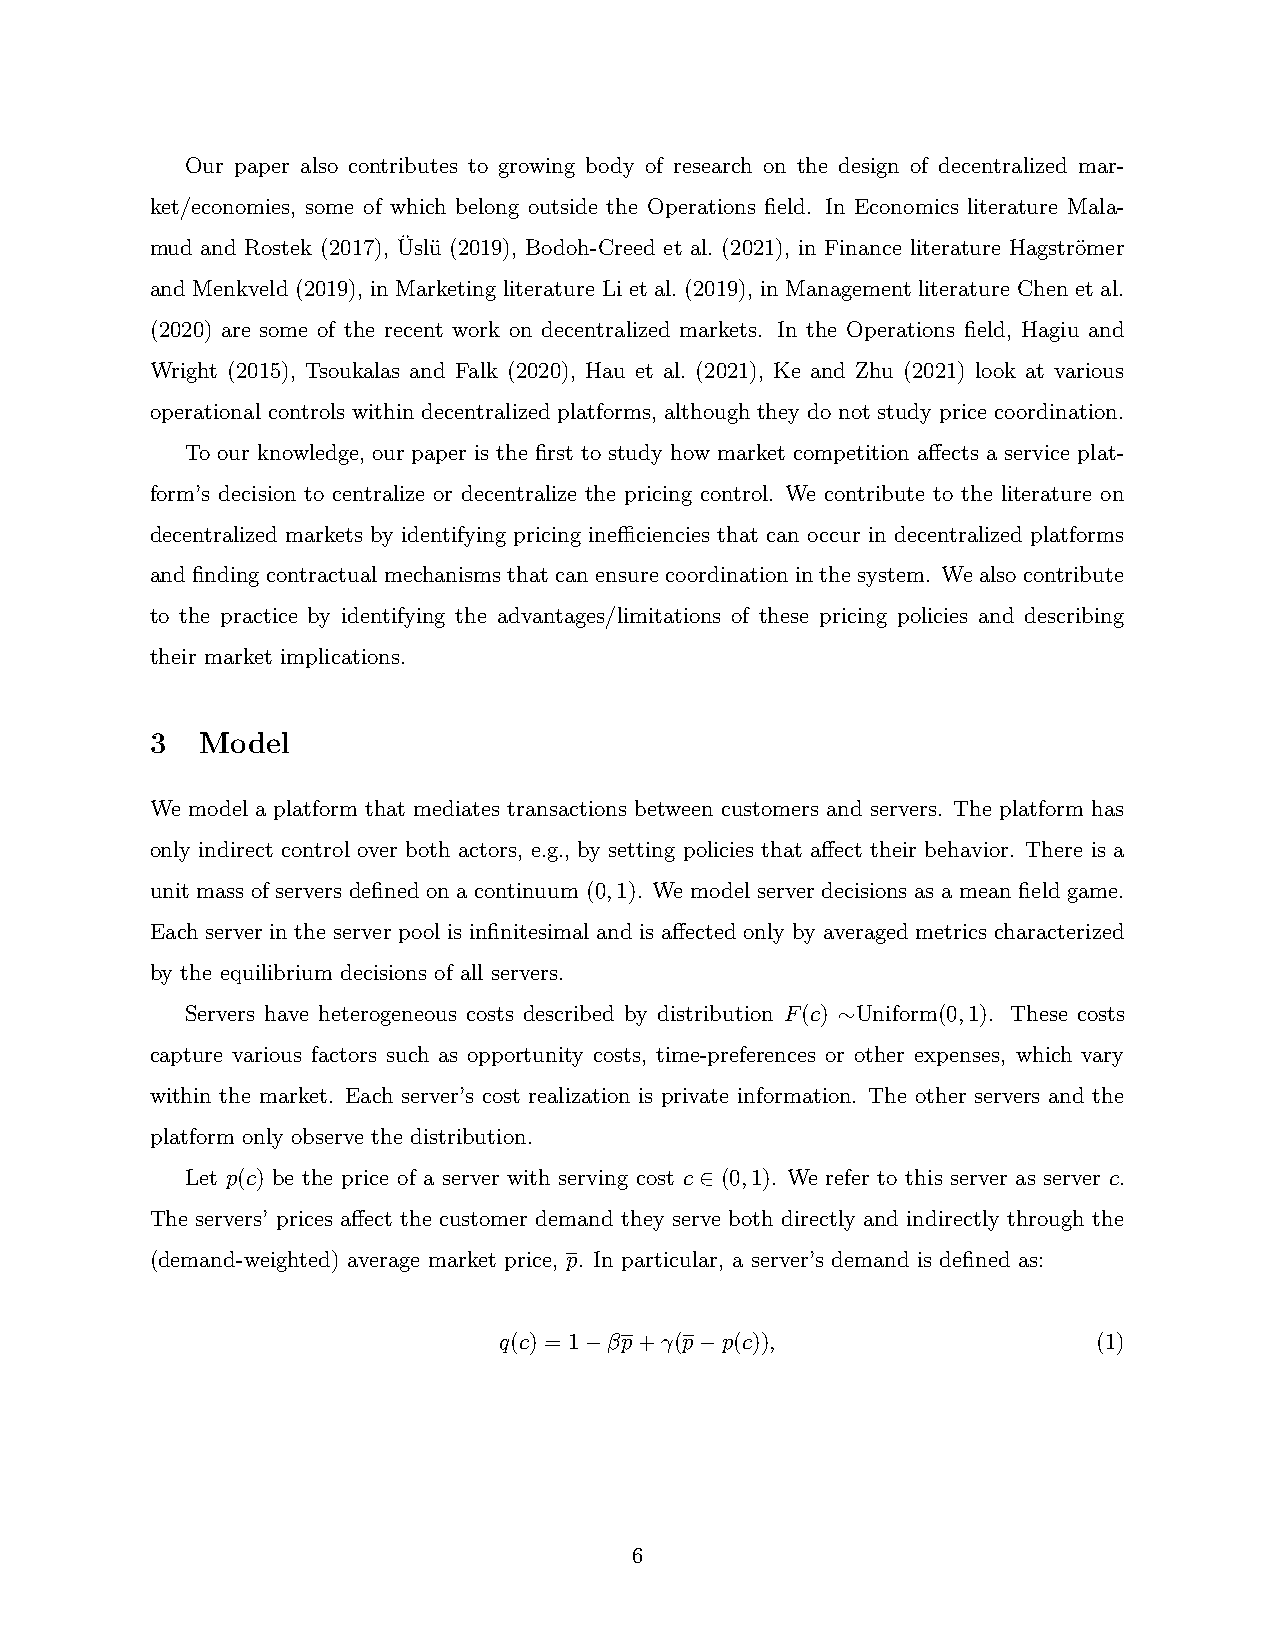
Our paper also contributes to growing body of research on the design of decentralized mar-
 ket/economies, some of which belong outside the Operations field. In Economics literature Mala-
 mud and Rostek (2017), Üslü (2019), Bodoh-Creed et al. (2021), in Finance literature Hagströmer
 and Menkveld (2019), in Marketing literature Li et al. (2019), in Management literature Chen et al.
 (2020) are some of the recent work on decentralized markets. In the Operations field, Hagiu and
 Wright (2015), Tsoukalas and Falk (2020), Hau et al. (2021), Ke and Zhu (2021) look at various
 operational controls within decentralized platforms, although they do not study price coordination.
 To our knowledge, our paper is the first to study how market competition affects a service plat-
 form’s decision to centralize or decentralize the pricing control. We contribute to the literature on
 decentralized markets by identifying pricing inefficiencies that can occur in decentralized platforms
 and finding contractual mechanisms that can ensure coordination in the system. We also contribute
 to the practice by identifying the advantages/limitations of these pricing policies and describing
 their market implications.
 3  Model
 We model a platform that mediates transactions between customers and servers. The platform has
 only indirect control over both actors, e.g., by setting policies that affect their behavior. There is a
 unit mass of servers defined on a continuum (0,1). We model server decisions as a mean field game.
 Each server in the server pool is infinitesimal and is affected only by averaged metrics characterized
 by the equilibrium decisions of all servers.
 Servers have heterogeneous costs described by distribution F(c) ∼Uniform(0,1). These costs
 capture various factors such as opportunity costs, time-preferences or other expenses, which vary
 within the market. Each server’s cost realization is private information. The other servers and the
 platform only observe the distribution.
 Let p(c) be the price of a server with serving cost c ∈ (0,1). We refer to this server as server c.
 The servers’ prices affect the customer demand they serve both directly and indirectly through the
 (demand-weighted) average market price, p. In particular, a server’s demand is defined as:
 q(c) = 1−βp+γ(p−p(c)),                  (1)
 6